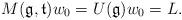
LaTeX: \begin{align*}M(\mathfrak{g},\mathfrak{t})w_0=U(\mathfrak{g})w_0=L.\end{align*}